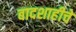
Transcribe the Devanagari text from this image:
बादशाहीचे